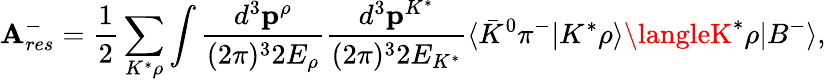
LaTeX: \mathbf{A}_{res}^{-}=\displaystyle{\frac{{1}}{{2}}\sum_{K^{*}\rho}\int\frac{{d^{3}{\mathbf{p}}^{\rho}}}{{(2\pi)^{3}2E_{\rho}}}\frac{{d^{3}{\mathbf{p}}^{K^{*}}}}{{(2\pi)^{3}2E_{K^{*}}}}\langle{\bar{{K}}}^{0}\pi^{-}|K^{*}\rho\rangle\langleK^{*}\rho|B^{-}\rangle},